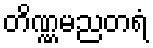
တိဏ္ဏမညတရံ